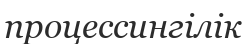
процессингілік